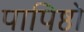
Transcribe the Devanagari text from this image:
पापिष्ठो